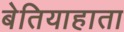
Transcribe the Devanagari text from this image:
बेतियाहाता